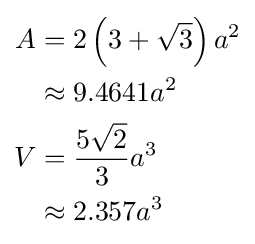
{\begin{aligned}A&=2\left(3+{\sqrt {3}}\right)a^{2}\\&\approx 9.4641a^{2}\\V&={\frac {5{\sqrt {2}}}{3}}a^{3}\\&\approx 2.357a^{3}\end{aligned}}